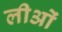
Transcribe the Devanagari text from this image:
लीओं